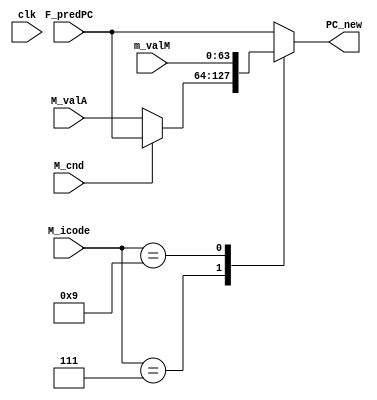
module Select_PC
(
    input clk,
    input [63:0] F_predPC, m_valM, M_valA,
    input [3:0] M_icode,
    input M_cnd,

    output reg [63:0] PC_new
);
    always @(*)
    begin
        case(M_icode)
            4'd7: begin // Conditional move
                if (!M_cnd)
                    PC_new <= M_valA;
                else
                    PC_new <= F_predPC;
            end
            4'd9: begin // Return
                PC_new <= m_valM;
            end
            default: begin
                PC_new <= F_predPC;
            end
        endcase
    end
endmodule

module Fetch (
    input clk,
    input [63:0] F_PC,
    output reg [3:0] f_icode, f_ifun, f_rA, f_rB,
    output reg [0:63] f_valC,
    output reg [63:0] f_valP, predPC,
    output reg [3:0] f_stat
);
    parameter IMemSize = 1024;
    reg INS,IMemErr,HLT;
    reg [7:0] InstructionMemory[0:IMemSize-1];
    reg [0:79] Instruction;

    initial $readmemb("smoltest.txt", InstructionMemory);

    always @(*)
    begin
        case(f_icode)
            4'h0:
            begin // Halt
                if (HLT)
                    f_stat <= 4'h2;
                else if (IMemErr)
                    f_stat <= 4'h3;
                else if (INS)
                    f_stat <= 4'h4;
                else
                    f_stat <= 4'h1;
            end
            default: f_stat <= 4'h1;
        endcase
    end

    initial HLT = 0;

    always @(*)
    begin
        IMemErr = 0;
        if (F_PC >= IMemSize) begin
            IMemErr = 1;
        end

        Instruction = {InstructionMemory[F_PC],InstructionMemory[F_PC+1],InstructionMemory[F_PC+2],InstructionMemory[F_PC+3],InstructionMemory[F_PC+4],InstructionMemory[F_PC+5],InstructionMemory[F_PC+6],InstructionMemory[F_PC+7],InstructionMemory[F_PC+8],InstructionMemory[F_PC+9]};

        if (Instruction[0:3] == 4'h3 || Instruction[0:3] == 4'h4 || Instruction[0:3] == 4'h5)
        begin
            Instruction = {InstructionMemory[F_PC],InstructionMemory[F_PC+1],InstructionMemory[F_PC+9],InstructionMemory[F_PC+8],InstructionMemory[F_PC+7],InstructionMemory[F_PC+6],InstructionMemory[F_PC+5],InstructionMemory[F_PC+4],InstructionMemory[F_PC+3],InstructionMemory[F_PC+2]};    
        end
        if (Instruction[0:3] == 4'h7 || Instruction[0:3] == 4'h8)
        begin
            Instruction = {InstructionMemory[F_PC],InstructionMemory[F_PC+8],InstructionMemory[F_PC+7],InstructionMemory[F_PC+6],InstructionMemory[F_PC+5],InstructionMemory[F_PC+4],InstructionMemory[F_PC+3],InstructionMemory[F_PC+2],InstructionMemory[F_PC+1],InstructionMemory[F_PC+9]};    
        end

        f_icode = Instruction[0:3];
        f_ifun = Instruction[4:7];
        INS = 1'b0;
        HLT = 1'b0;

        case(f_icode)
            // Halt or No operation
            4'h0,4'h1:
            begin
                HLT = (f_icode == 4'h0) ? 1'b1 : 1'b0;
                f_valP = F_PC + 1;
            end
            // Conditional move
            4'h2:
            begin
                {f_rA, f_rB} = {Instruction[8:15]};
                f_valP = F_PC + 2;
            end
            // irmovq, rmmovq, mrmovq
            4'h3, 4'h4, 4'h5:
            begin
                {f_rA, f_rB, f_valC} = {Instruction[8:15],Instruction[16:79]};
                f_valP = F_PC + 10;
            end
            // opq
            4'h6:
            begin
                {f_rA, f_rB} = {Instruction[8:15]};
                f_valP = F_PC + 2;
            end
            // jump or call
            4'h7, 4'h8:
            begin
                {f_valC} = {Instruction[8:71]};
                f_valP = F_PC + 9;
            end
            // Return
            4'h9:
            begin
                f_valP = F_PC + 1;
            end
            // pushq or popq
            4'hA, 4'hB:
            begin
                {f_rA, f_rB} = {Instruction[8:15]};
                f_valP = F_PC + 2;
            end
            default: INS = 1'b1;
        endcase
    end

    always @(*)
    begin
        case (f_icode)
            4'h7,4'h8:
                begin // Jump or Call
                    predPC = f_valC;
                end
            default: predPC = f_valP;
        endcase
    end

    always @(*) $display("\tInstruction = %h", Instruction);
endmodule